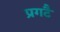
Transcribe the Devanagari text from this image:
प्रगटै